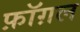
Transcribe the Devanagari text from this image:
फ़ॉग़ल